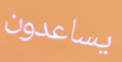
يساعدون